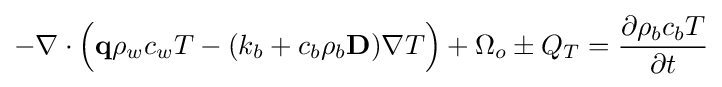
-\nabla \cdot {\Big (}{\textbf {q}}\rho _{w}c_{w}T-(k_{b}+c_{b}\rho _{b}{\textbf {D}})\nabla T{\Big )}+\Omega _{o}\pm Q_{T}={\frac {\partial \rho _{b}c_{b}T}{\partial t}}